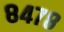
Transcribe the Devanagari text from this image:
८४७८